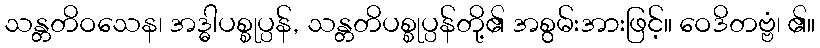
သန္တတိဝသေန၊ အဒ္ဓါပစ္စုပ္ပန်, သန္တတိပစ္စုပ္ပန်တို့၏ အစွမ်းအားဖြင့်။ ဝေဒိတဗ္ဗံ၊ ၏။